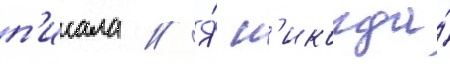
п'исала // Я́ н'икогда́